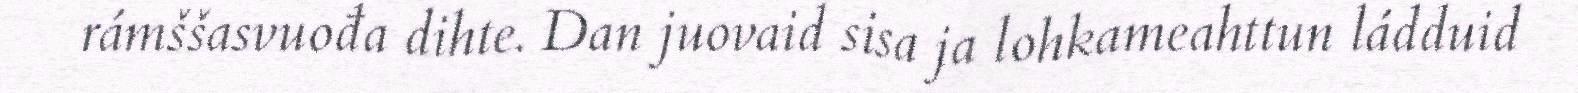
rámššasvuođa dihte. Dan juovaid sisa ja lohkameahttun ládduid